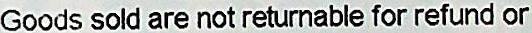
GOODS SOLD ARE NOT RETURNABLE FOR REFUND OR